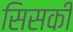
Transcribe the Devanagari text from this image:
सिसकी